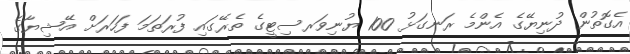
އެގޮތުން ދުނިޔޭގެ އެންމެ ރަނގަޅު 100 ޔުނިވަރސިޓީގެ ތެރޭގައި ފުރަތަމަ ފަހަރަށް އޭޝިޔާގެ